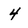
Character: 4